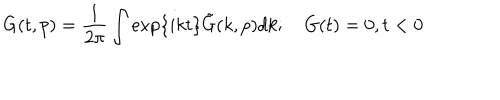
G ( t , p ) = \frac { 1 } { 2 \pi } \int \exp \{ i k t \} \tilde { G } ( k , p ) d k ; \quad G ( t ) = 0 , t < 0